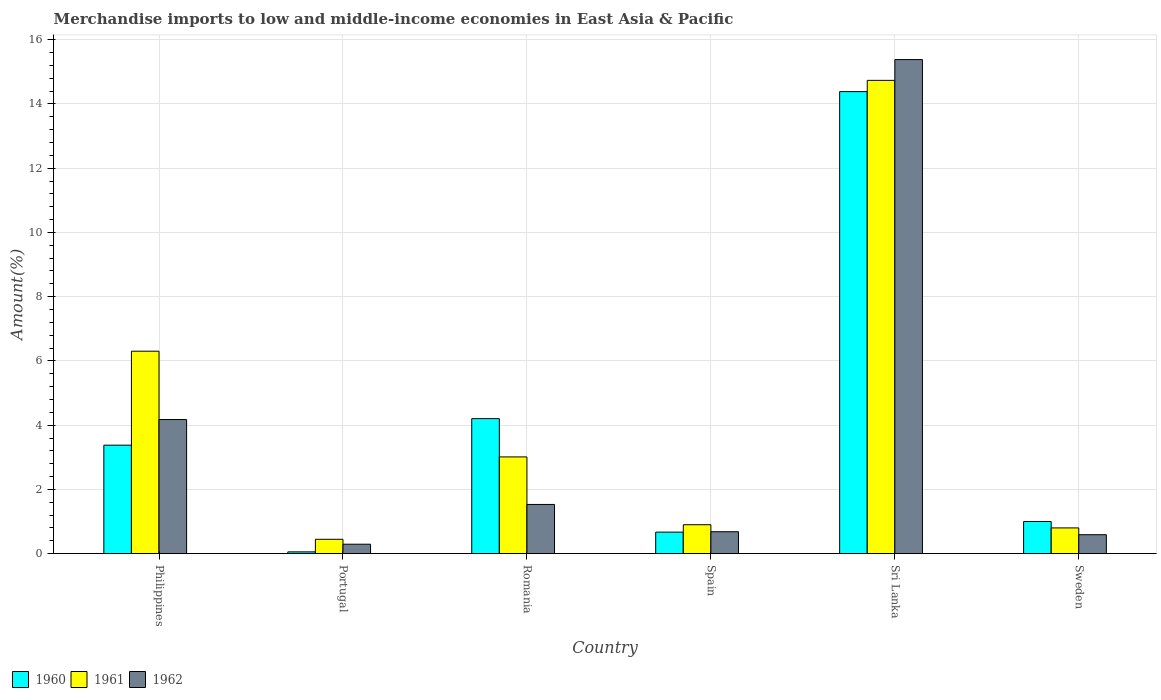
| Country | 1960 | 1961 | 1962 |
 | --- | --- | --- | --- |
 | Philippines | 3.38 | 6.3 | 4.18 |
 | Portugal | 0.0556 | 0.447 | 0.294 |
 | Romania | 4.2 | 3.01 | 1.53 |
 | Spain | 0.67 | 0.901 | 0.683 |
 | Sri Lanka | 14.4 | 14.7 | 15.4 |
 | Sweden | 1 | 0.801 | 0.59 |